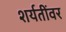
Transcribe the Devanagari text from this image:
शर्यतींवर